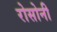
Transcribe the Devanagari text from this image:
रोसोनी